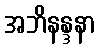
အဘိနန္ဒနာ